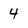
Character: 4